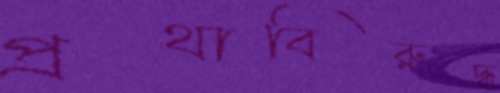
প্রথাবিরুদ্ধ